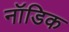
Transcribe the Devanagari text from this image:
नॉडिक